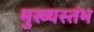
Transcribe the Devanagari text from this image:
मुख्यस्तंभ